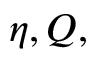
\eta , Q ,